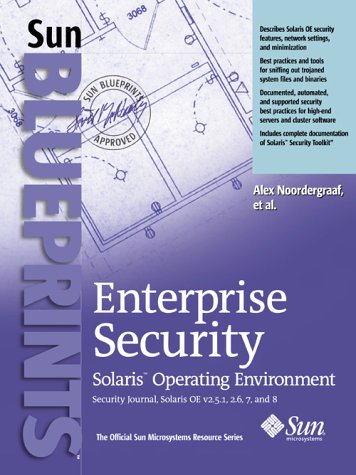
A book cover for Enterprise Security: Solaris Operating Environment, Security Journal, Solaris OEv2.51, 2.6, 7, and 8; Alex Noordergraaf; Computers & Technology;